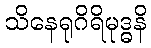
သိနေရုဂိရိမုဒ္ဓနိ